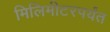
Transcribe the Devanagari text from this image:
मिलिमीटरपर्यंत